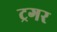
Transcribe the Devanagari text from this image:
ट्रगर